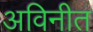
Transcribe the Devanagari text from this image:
अविनीत